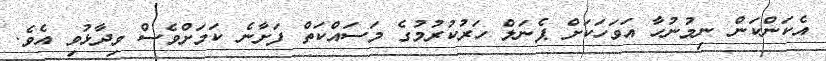
އެކަންކަން ނިމުނުހާ އަވަހަކަށް ޕެނަލް ހަރުކުރުމުގެ މަސައްކަތް ފަށާނެ ކަމަށްވެސް ވިދާޅުވި އެވެ.